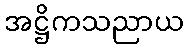
အဋ္ဌိကသညာယ